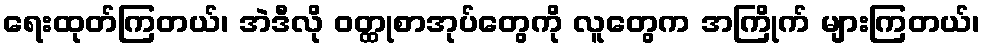
ရေးထုတ်ကြတယ်၊ အဲဒီလို ဝတ္ထုစာအုပ်တွေကို လူတွေက အကြိုက် များကြတယ်၊